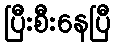
ပြီးစီးနေပြီ